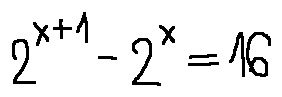
2 ^ { x + 1 } - 2 ^ { x } = 1 6